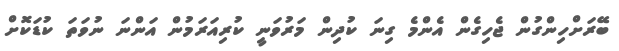
ބޭރަށްހިންގުން ޖެހިގެން އެންމެ ގިނަ ކުދިން މަރުވަނީ ކުރިއަރަމުން އަންނަ ނުވަތަ ކުޑަކޮށް